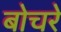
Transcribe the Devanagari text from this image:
बोचरे